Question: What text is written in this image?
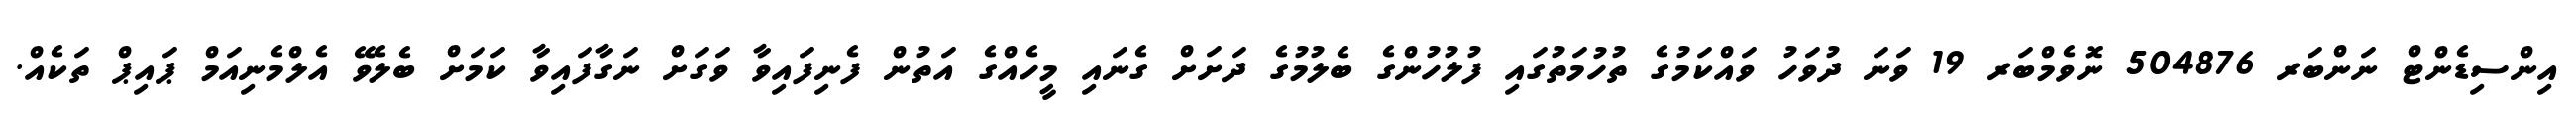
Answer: އިންސިޑެންޓް ނަންބަރ 504876 ނޮވެމްބަރ 19 ވަނަ ދުވަހު ވައްކަމުގެ ތުހުމަތުގައި ފުލުހުންގެ ބެލުމުގެ ދަށަށް ގެނައި މީހެއްގެ އަތުން ފެނިފައިވާ ވަގަށް ނަގާފައިވާ ކަމަށް ބެލެވޭ އެލްމެނިއަމް ޕައިޕް ތަކެއް.